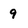
Character: 9